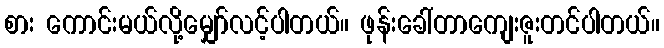
စား ကောင်းမယ်လို့မျှော်လင့်ပါတယ်။ ဖုန်းခေါ်တာကျေးဇူးတင်ပါတယ်။